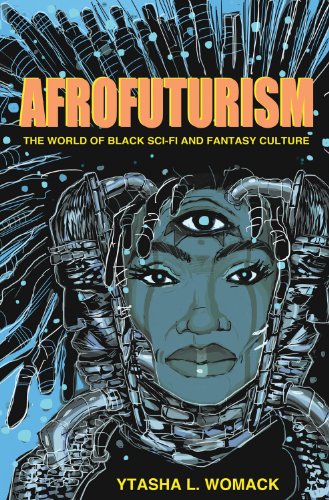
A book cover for Afrofuturism: The World of Black Sci-Fi and Fantasy Culture; Ytasha L. Womack; Science Fiction & Fantasy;